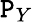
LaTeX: \mathtt{P}_{Y}